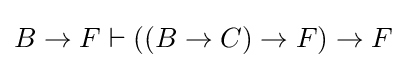
B\to F\vdash ((B\to C)\to F)\to F